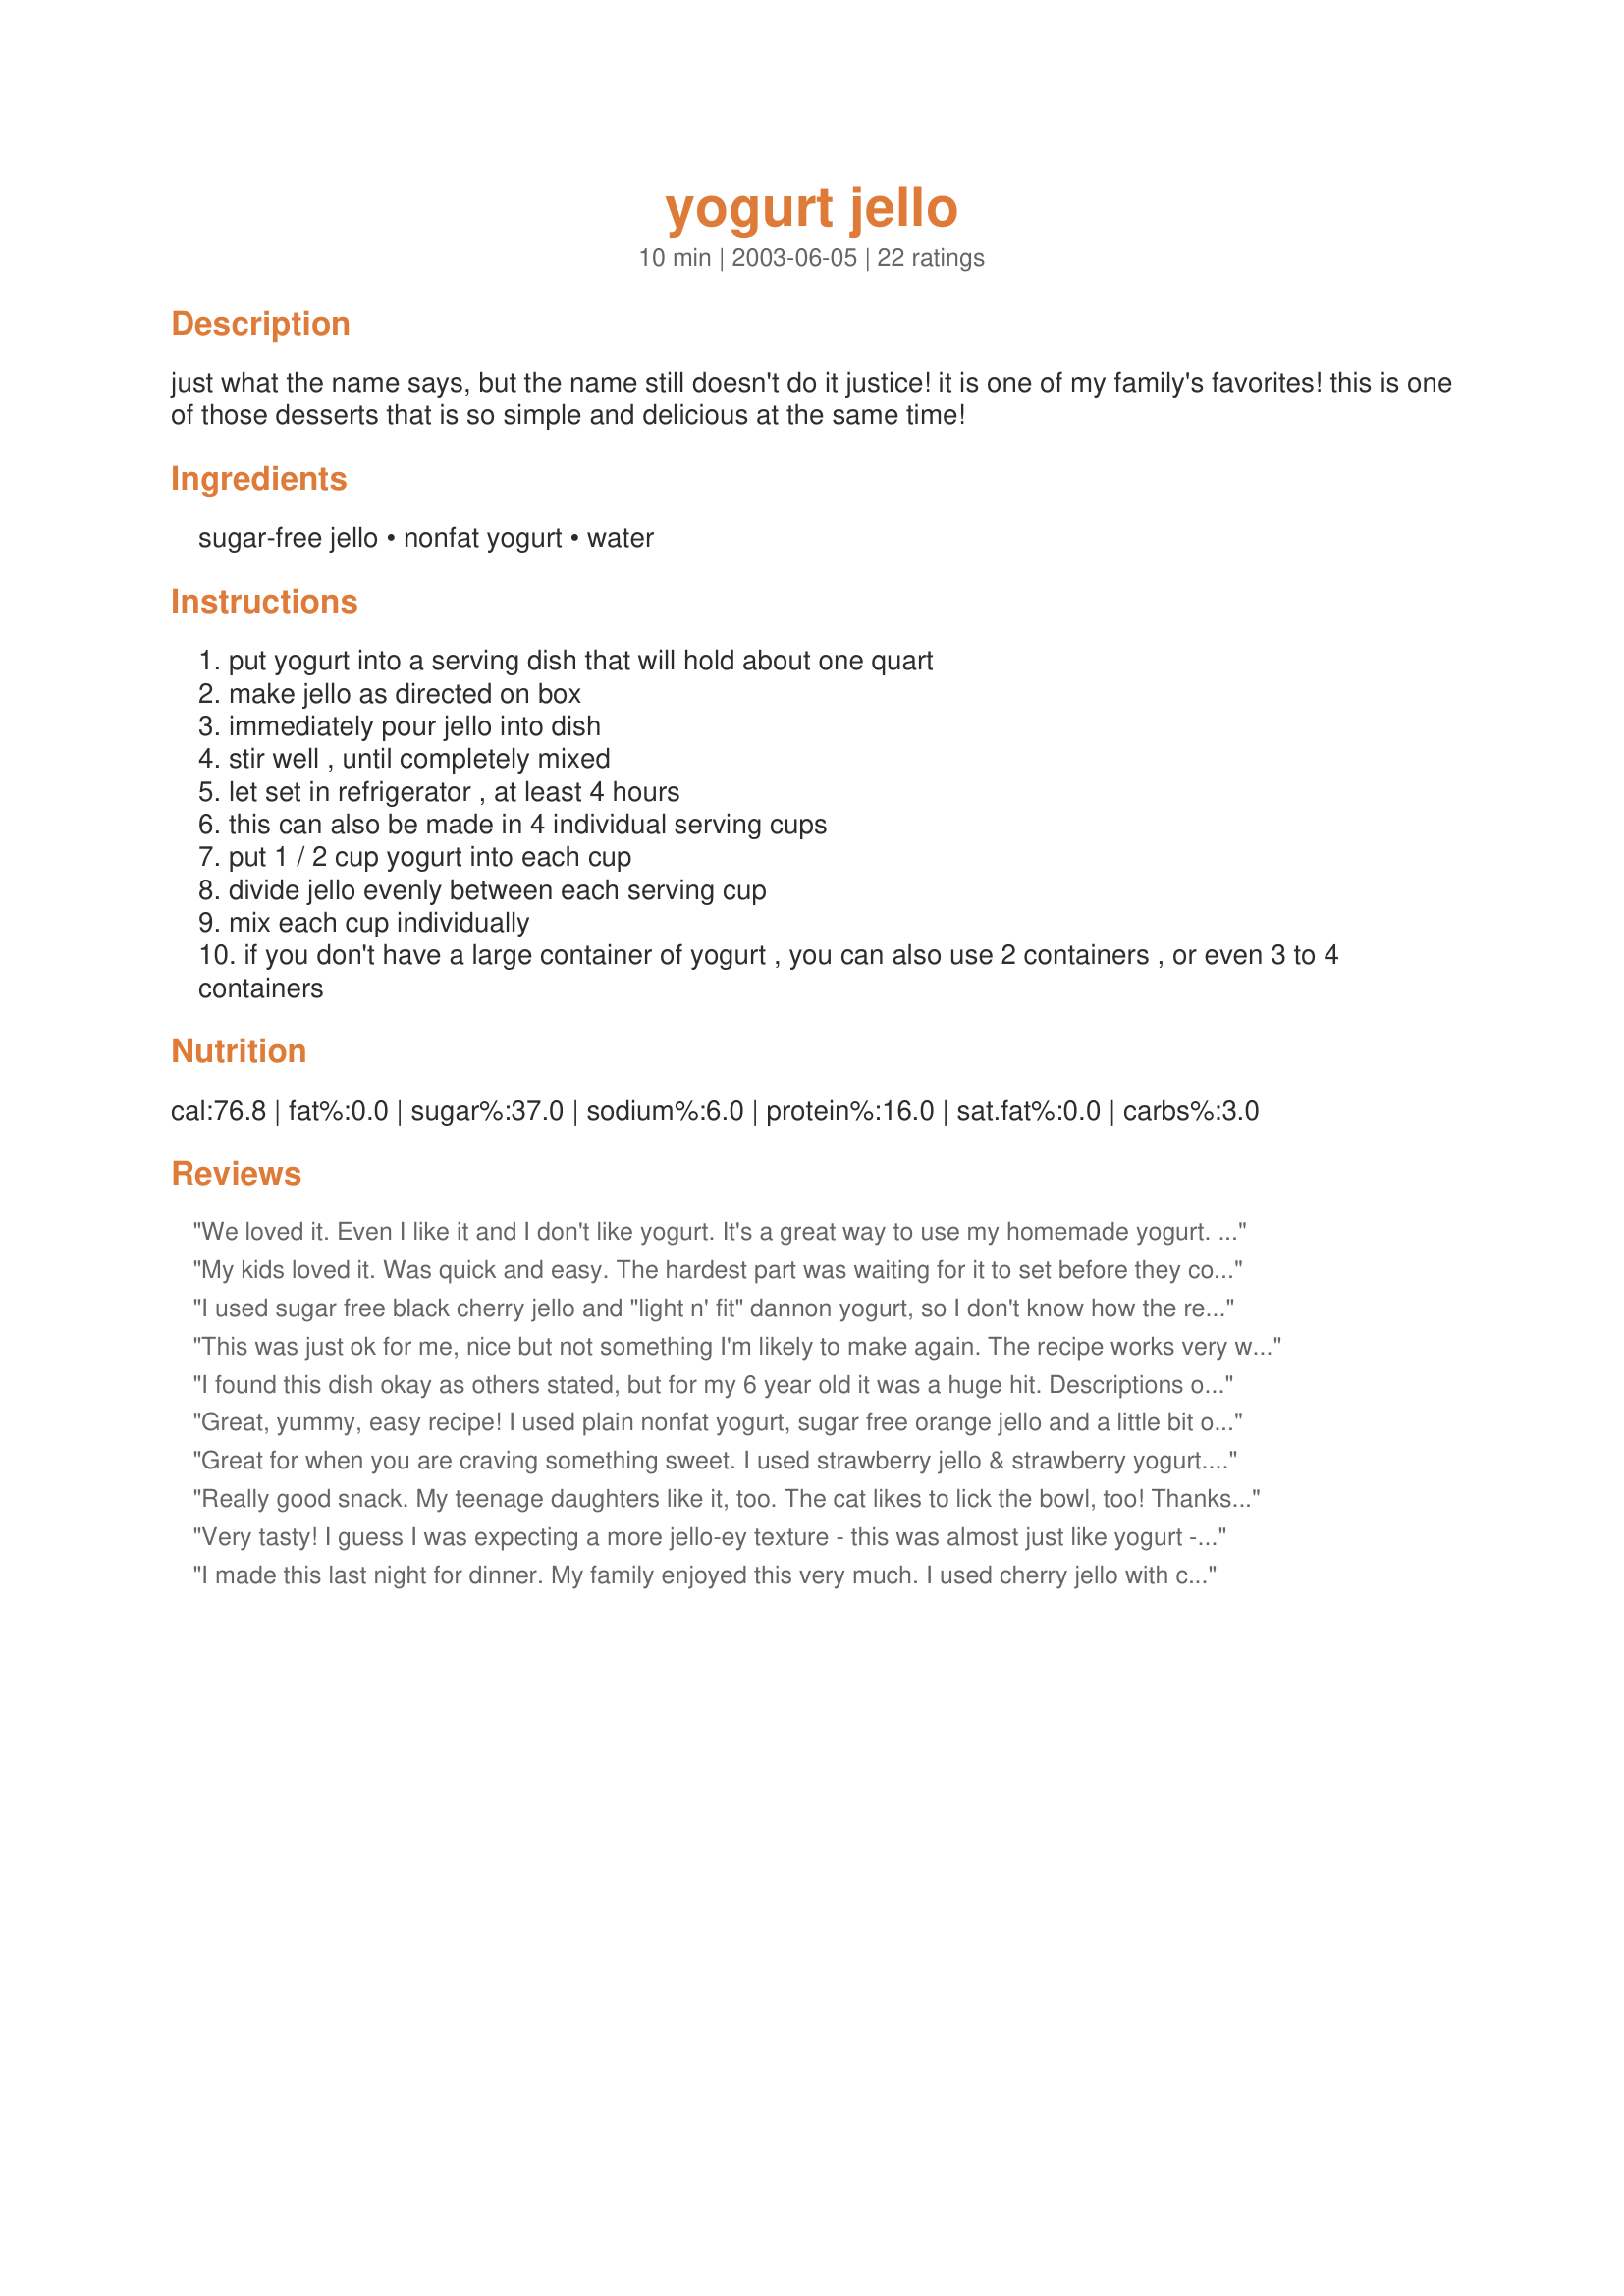
yogurt jello
Preparation time: 10 minutes

just what the name says, but the name still doesn't do it justice! it is one of my family's favorites! this is one of those desserts that is so simple and delicious at the same time!

Ingredients:
sugar-free jello, nonfat yogurt, water

Steps:
put yogurt into a serving dish that will hold about one quart
make jello as directed on box
immediately pour jello into dish
stir well , until completely mixed
let set in refrigerator , at least 4 hours
this can also be made in 4 individual serving cups
put 1 / 2 cup yogurt into each cup
divide jello evenly between each serving cup
mix each cup individually
if you don't have a large container of yogurt , you can also use 2 containers , or even 3 to 4 containers

Reviews:
We loved it. Even I like it and I don't like yogurt. It's a great way to use my homemade yogurt. It couldn't be easier.
My kids loved it. Was quick and easy. The hardest part was waiting for it to set before they could eat it.
I used sugar free black cherry jello and "light n' fit" dannon yogurt, so I don't know how the real thing would've turned out, but what I ended up with was horrible. I think the plain jello would've been better, this was very tart tasting without much actual flavor.
This was just ok for me, nice but not something I'm likely to make again. The recipe works very well, it blends easily and sets up very well. I used strawberry sugar free jello and lemon yogurt, which should have been a sweet tart wow combo. After tasting it before serving I knew that it was going to need some help so I sweetened some fat free sour cream with Splenda and then thinned it just a bit for a topping...that helped. I was all prepared to really love this but sadly that wasn't the case.
I found this dish okay as others stated, but for my 6 year old it was a huge hit. Descriptions of it being similar to commercially prepared kids yogurts are very accurate. I like that it has less sugar in it though. I used strawberry Jello and fat free vanilla yogurt. I will warn though, a fourth of this recipe is a lot and more than my daughter could eat.
Great, yummy, easy recipe! I used plain nonfat yogurt, sugar free orange jello and a little bit of Splenda. As an added treat, I put the mix into Popsicle molds and froze it. Creamy, fruity pops!
Great for when you are craving something sweet. I used strawberry jello & strawberry yogurt. Looks kinda funky but its yummy!
Really good snack. My teenage daughters like it, too. The cat likes to lick the bowl, too! Thanks for a new healthy snack.
Very tasty! I guess I was expecting a more jello-ey texture - this was almost just like yogurt - VERY loose. Next time I make this I'm going to add a packet of unflavored gelatine to give it a more thicker consistency. This is GREAT for a sore throat!
I made this last night for dinner. My family enjoyed this very much. I used cherry jello with cherry vanilla yogurt. We polished it off and discussed other possible combinations. Thank you for sharing your recipe.
I've made this recipe several times. It's light and refreshing. Also good with added fruit of choice.
I'm sure a lot of others think "Now why didn't I think of that?" when they see this recipe ~ I certainly did, & I'm a big fan of both yogurt AND jello! Anyway, I made this with good ol' strawberry flavors & it was very, very nice, & I'll be happy to add sliced strawberries to it when they're in season locally! [Tagged, made & reviewed in Healthy Choices ABC Tag]
This is a great recipe. This is a nice healthy dessert. I used to mix milk to room temperature jello and it was really good. But I've never thought of yogurt. I used a sugar free tropical jello. And I used strawberry and berries yogurts. It was not the best idea. Cause the jello was green and the yogurt was red and purple. It gave a weird color. But the taste is great. I was afraid it would not hold its shape but it did the next day. My son loved it also. Thanks Entropy :) Made for I Recommend tag game
This was excellent. I used regular jello. Thanks
Great! The description is right on. I used regular black cherry jello and vanilla yogurt. Softer than jello but not quite pudding. The kids loved it! This would be a great snack or dessert for kids who love gogurt or other commercial kids yogurt snacks, without high fructose corn syrup. This will be a regular at my house. Thanks, strawberry, for posting!
This was so easy to make. I used 2 of the small boxes of sugar free jello and dissolved it in 1 cup of boiling water. Added another cup of water then mixed it in with 2 cups plain nonfat yogurt. I thought it tasted very nice. It also set up nicely. I'll make this again, thank you for posting. Made for *Healthy Choices ABC Tag 2008* game
This is an interesting recipe. Very easy and fast to make, with ingredients I almost always have on hand. I found it ok, not a fabulous taste but not bad. But my kids LOVE it. It's nice and sweet like the commercially prepared yogurts marketed to kids, but I can control what is in it. Thanks so much for posting this one!
We loved this. I used lemon sugar free jello and 3 6 ounce cups of Yoplait fat free very vanilla yogurt. I think orange jello would be great with this also.
I probably should have read the reviews more closely. While this was something my nephews would have eagerly enjoyed without thinking "too healhy" I found it rather sweet. I used plain non-fat yogurt with sugar free cherry Jello which I thought would add some tang and lower the sugary taste. I think were I to try this again I would do half Jello and half plain gelatin to main the consistency which I did quite like - a nice cross between with good mouth feel.
This was great. As a diabetic, my desserts are limited but this hit the spot. My two favorites are passionfruit, orange, pineapple yogurt (as far as I know only Lucerne makes this flavor) mixed with orange jello and mango, apricot yogurt mixed with peach jello. I use two 6 oz. containers of yogurt with one (four servings)box of jello. This was my contribution at a pot luck party and everyone was pleasantly suprised.
I'm always looking for ways to incorporate yogurt into my diet. This creamy dessert was a perfert way that satisfied my sweet tooth. I used raspberry Jello (regular-not sugar free) and Dannon premium plain yogurt. I loved that the yogurt cut the somewhat sharp (artificial) flavor of Jello. I put a squirt of whipped cream on top. My husband said it reminded him of another boxed product called "Junket," which he loved as a child (but strawberry flavored). Thanks for posting!

Roxygirl
Wow! My husband burned out on Jell-O years ago, but thought this was great. It was easy to make and tasted great! Kids of all ages love it.
